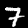
Label: 7